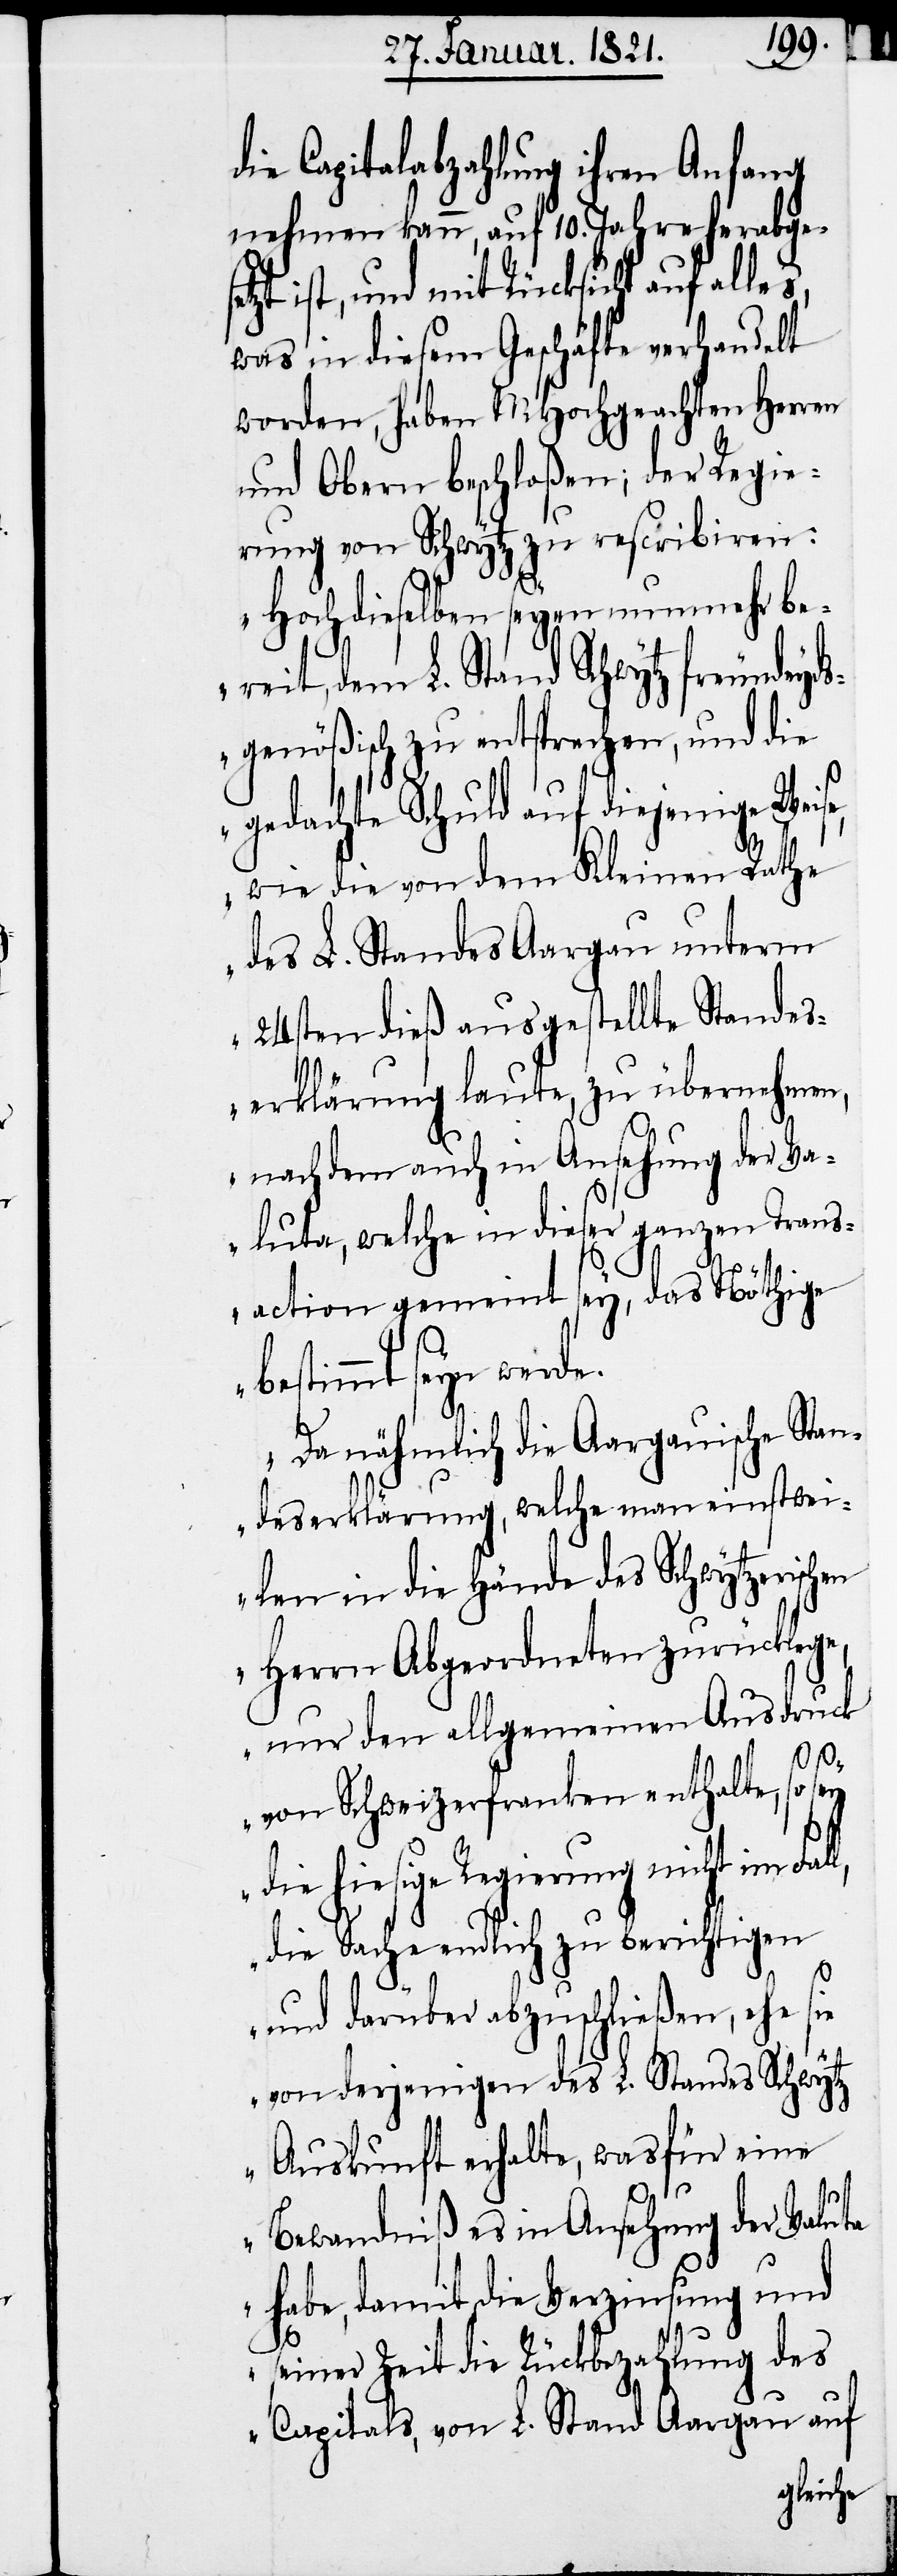
die Capitalabzahlung ihren Anfang
nehmen kann, auf 10. Jahre herabgese¬
tzt ist, und mit Rücksicht auf
was in diesem Geschäfte verhandelt
worden, haben MHochgeachten Herren
und Obern beschloßen; der Regie¬
rung von Schwytz zu rescribiren:
„Hochdieselben seyen nunmehr be¬
reit, dem L. Stand Schwytz freundeyd¬
sgenößisch zu entsprechen, und die
gedachte Schuld auf diejenige Weis¬
wie die von dem Kleinen Rathe
des L. Standes Aargau unterm
24sten dieß ausgestellte Standes¬
erklärung laute, zu übernehmen,
nach dem auch in Ansehung der Va¬
luta, welche in dieser ganzen Trans¬
action gemeint sey, das Nöthige
bestimmt seyn
Da nähmlich die Aargauische Stan¬
deserklärung, welche man einstwei¬
len in die Hände des Schwytzerischen
Herrn Abgeordneten zurücklege,
nur den allgemeinen Ausdruck
von Schweizerfranken enthalte, so sey
die hiesige Regierung nicht im Fall,
die Sache endlich zu berichtigen
e,
und darüber abzuschließen, ehe sie
von derjenigen des L. Standes Schwytz
Auskunft erhalte, wasfür eine
Bewandniß es in Ansehung der Valuta
habe, damit die Verzinsung und
seiner Zeit die Rückbezahlung des
Capitals, von L. Stand Aargau auf